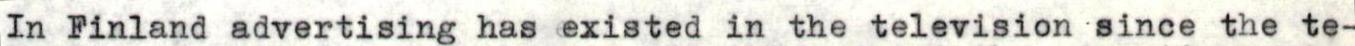
In Finland advertising has existed in the television since the te-